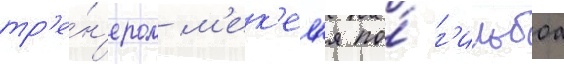
тр'е́н'ером м'ек'ел'я по́ г'ильбоа